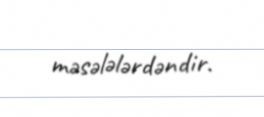
məsələlərdəndir.